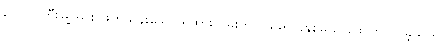
တောင်ကြီးမြို့အား ဖြတ်သန်းသော ရထားလမ်းကို ၁၉၉၅ ခုနှစ်မှသာဖောက်လုပ်ခဲ့သည်။